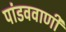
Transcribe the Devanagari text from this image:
पांडववाणी